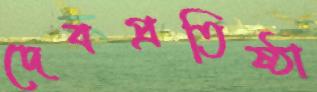
দেবপ্রতিষ্ঠা